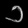
Digit: ၁